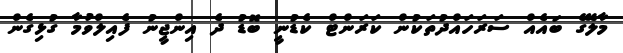
މާލޭގެ ބައެއް ސަރަހައްދުތަކުން ކަރަންޓް ކެޑުނީ ބޮޑު ދެ އިންޖީނު ފެއިލްވުމާ ގުޅިގެން